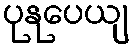
ပုနုပေယျ